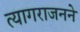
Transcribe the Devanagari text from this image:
त्यागराजनने